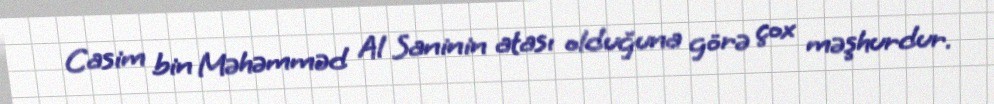
Casim bin Məhəmməd Al Saninin atası olduğuna görə çox məşhurdur.